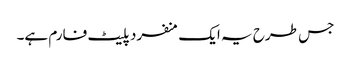
جس طرح یہ ایک منفرد پلیٹ فارم ہے۔